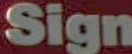
Sign